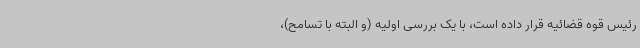
رئیس قوه قضائیه قرار داده است، با یک بررسی اولیه (و البته با تسامح)،